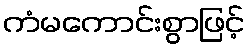
ကံမကောင်းစွာဖြင့်